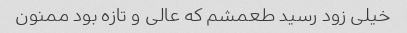
خیلی زود رسید طعمشم که عالی و تازه بود ممنون